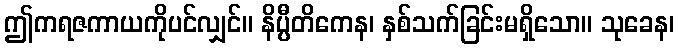
ဤကရဇကာယကိုပင်လျှင်။ နိပ္ပီတိကေန၊ နှစ်သက်ခြင်းမရှိသော။ သုခေန၊